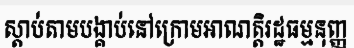
ស្តាប់តាមបង្គាប់នៅក្រោមអាណត្តិរដ្ឋធម្មនុញ្ញ